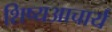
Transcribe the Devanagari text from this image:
शिष्यआचार्य